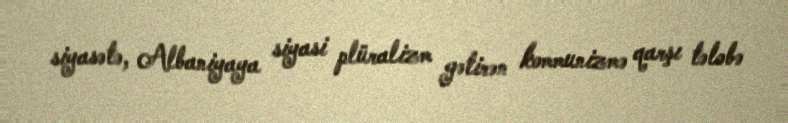
siyasətə, Albaniyaya siyasi plüralizm gətirən kommunizmə qarşı tələbə